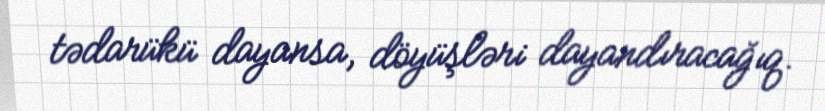
tədarükü dayansa, döyüşləri dayandıracağıq.